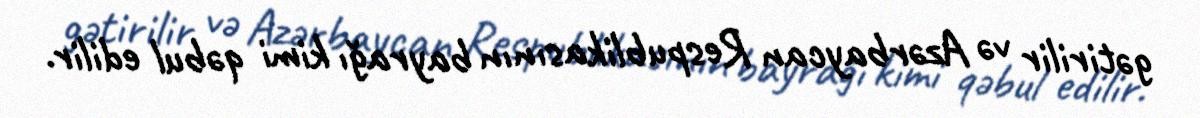
gətirilir və Azərbaycan Respublikasının bayrağı kimi qəbul edilir.